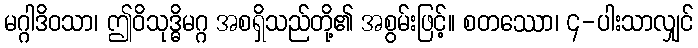
မဂ္ဂါဒိဝသာ၊ ဤဝိသုဒ္ဓိမဂ္ဂ အစရှိသည်တို့၏ အစွမ်းဖြင့်။ စတဿော၊ ၄-ပါးသာလျှင်